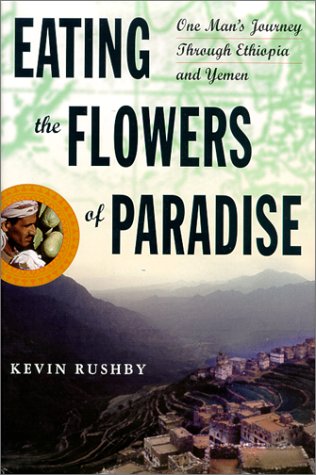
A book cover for Eating the Flowers of Paradise: One Man's Journey Through Ethiopia and Yemen; Kevin Rushby; Travel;